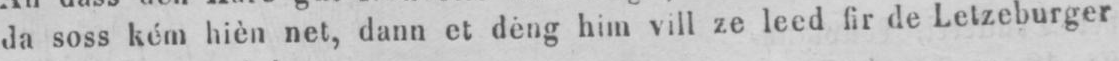
Ja soss kém hièn net, dann et déng him vill ze leed fir de Letzeburger